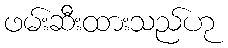
ဖမ်းဆီးထားသည်ဟု